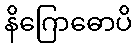
နိဂြောဓောပိ